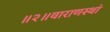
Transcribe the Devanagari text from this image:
॥२॥वाराणस्थां